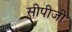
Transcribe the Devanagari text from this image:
सीपीजी